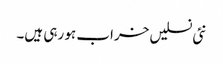
نئی نسلیں خراب ہو رہی ہیں۔